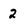
Character: 2